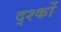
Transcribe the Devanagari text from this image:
द्श्कों